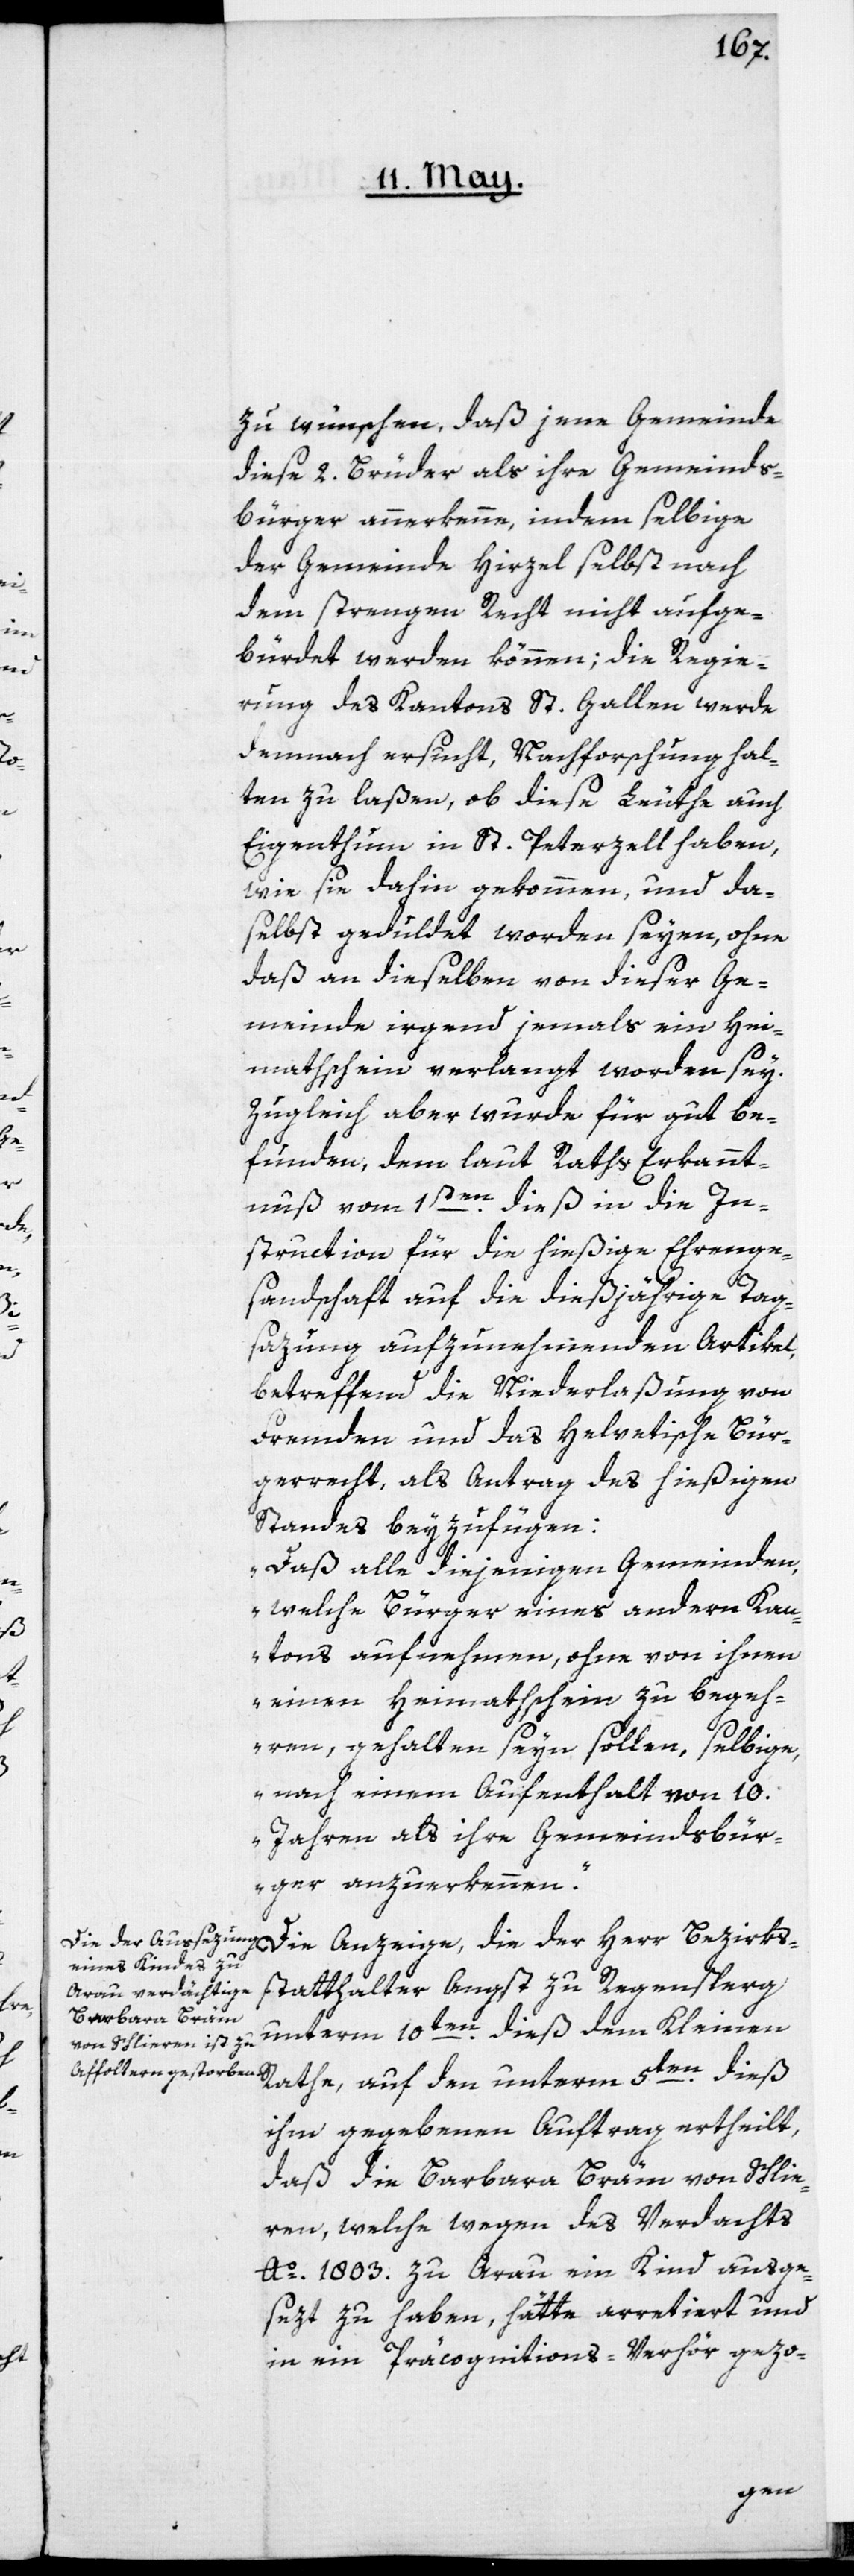
der

Bezirks¬
zu wünschen, daß jene Gemeinde
diese 2. Brüder als ihre Gemeinds¬
bürger anerkenne, indem selbige
der Gemeinde Hirzel selbst nach
dem strengen Recht nicht aufge¬
bürdet werden können; die Regie¬
rung des Kantons St. Gallen werde
demnach ersucht, Nachforschung hal¬
ten zu laßen, ob diese Leuthe auch
Eigenthum in St. Peterzell haben,
wie sie dahin gekommen und da¬
selbst geduldet worden seyen, ohne
daß an dieselben von dieser Ge¬
meinde irgend jemals ein Hei¬
mathschein verlangt worden sey.
Zugleich aber wurde für gut be¬
funden, dem laut Raths Erkannt¬
nuß vom 1sten dieß in die In¬
struction für die hießige Ehrenge¬
sandtschaft auf die dießjährige Tag¬
sazung aufzunehmenden Artikel,
betreffend die Niederlaßung von
Fremden und das Helvetische Bür¬
gerrecht, als Antrag des hießigen
Standes beyzufügen:
„Daß alle diejenigen Gemeinden,
welche Bürger eines andern Kan¬
tons aufnehmen, ohne von ihnen
einen Heimathschein zu begeh¬
ren, gehalten seyn sollen, selbige,
nach einem Aufenthalt von 10.
Jahren als ihre Gemeindsbür¬
ger anzuerkennen.“
statthalter Angst zu Regensperg
unterm 10ten dieß dem Kleinen
Rathe, auf den unterm 5ten dieß
ihm gegebenen Auftrag ertheilt,
daß die Barbara Bräm von Schlie¬
ren, welche wegen des Verdachts
Ao 1803. zu Arau ein Kind ausge¬
sezt zu haben, hätte arretiert und
in ein Präcognitions-Verhör gezo-